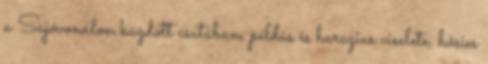
a Sajóvonalon küzdött csatában, példás és harczias viselete, hősies